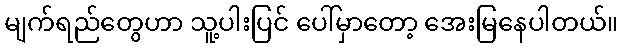
မျက်ရည်တွေဟာ သူ့ပါးပြင် ပေါ်မှာတော့ အေးမြနေပါတယ်။